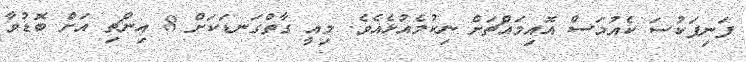
ފަނިފަކުސަ ކެއުމަސް އޮއިމައްޗަށް ނިކުމެއުޅެއެވެ. މިއީ ގާތްގަނޑަކަށް 8 އިންޗި އަށް ބޮޑުވާ